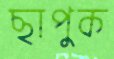
ছাপুক